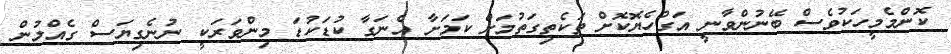
ކޮންމެމީހަކުވެސް ބޭނުންވާނީ އަގުހެޔޮކޮށް ތަކެތިގަތުމަށް ކަމަށާ އެނަގާ ކުޑަކުޑަ މިންވަރަކީ ނުނެގިޔަސް ގެއްލުން